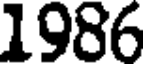
1986